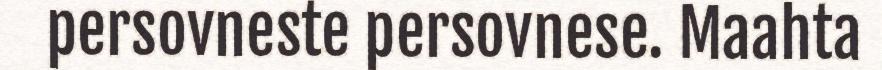
persovneste persovnese. Maahta